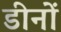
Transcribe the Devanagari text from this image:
डीनों